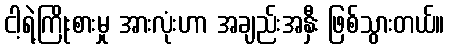
ငါ့ရဲ့ကြိုးစားမှု အားလုံးဟာ အချည်းအနှီး ဖြစ်သွားတယ်။